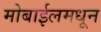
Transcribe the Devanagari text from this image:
मोबाईलमधून